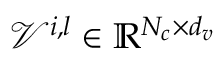
\mathcal { V } ^ { i , l } \in \mathbb { R } ^ { N _ { c } \times d _ { v } }